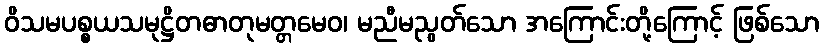
ဝိသမပစ္စယသမုဋ္ဌိတဓာတုမတ္တမေဝ၊ မညီမညွတ်သော အကြောင်းတို့ကြောင့် ဖြစ်သော